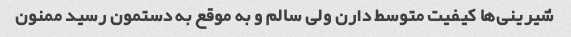
شیرینی‌ها کیفیت متوسط دارن ولی سالم و به موقع به دستمون رسید ممنون